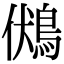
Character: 𪀢